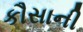
કૌસાની